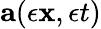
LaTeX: {\mathbf{a}}(\epsilon{\mathbf{x}},\epsilon t)